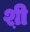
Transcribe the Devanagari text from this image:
श़ी